65_HS1-834228961_62-HQ-83894_Section_8
Agency: FBI
Page 54
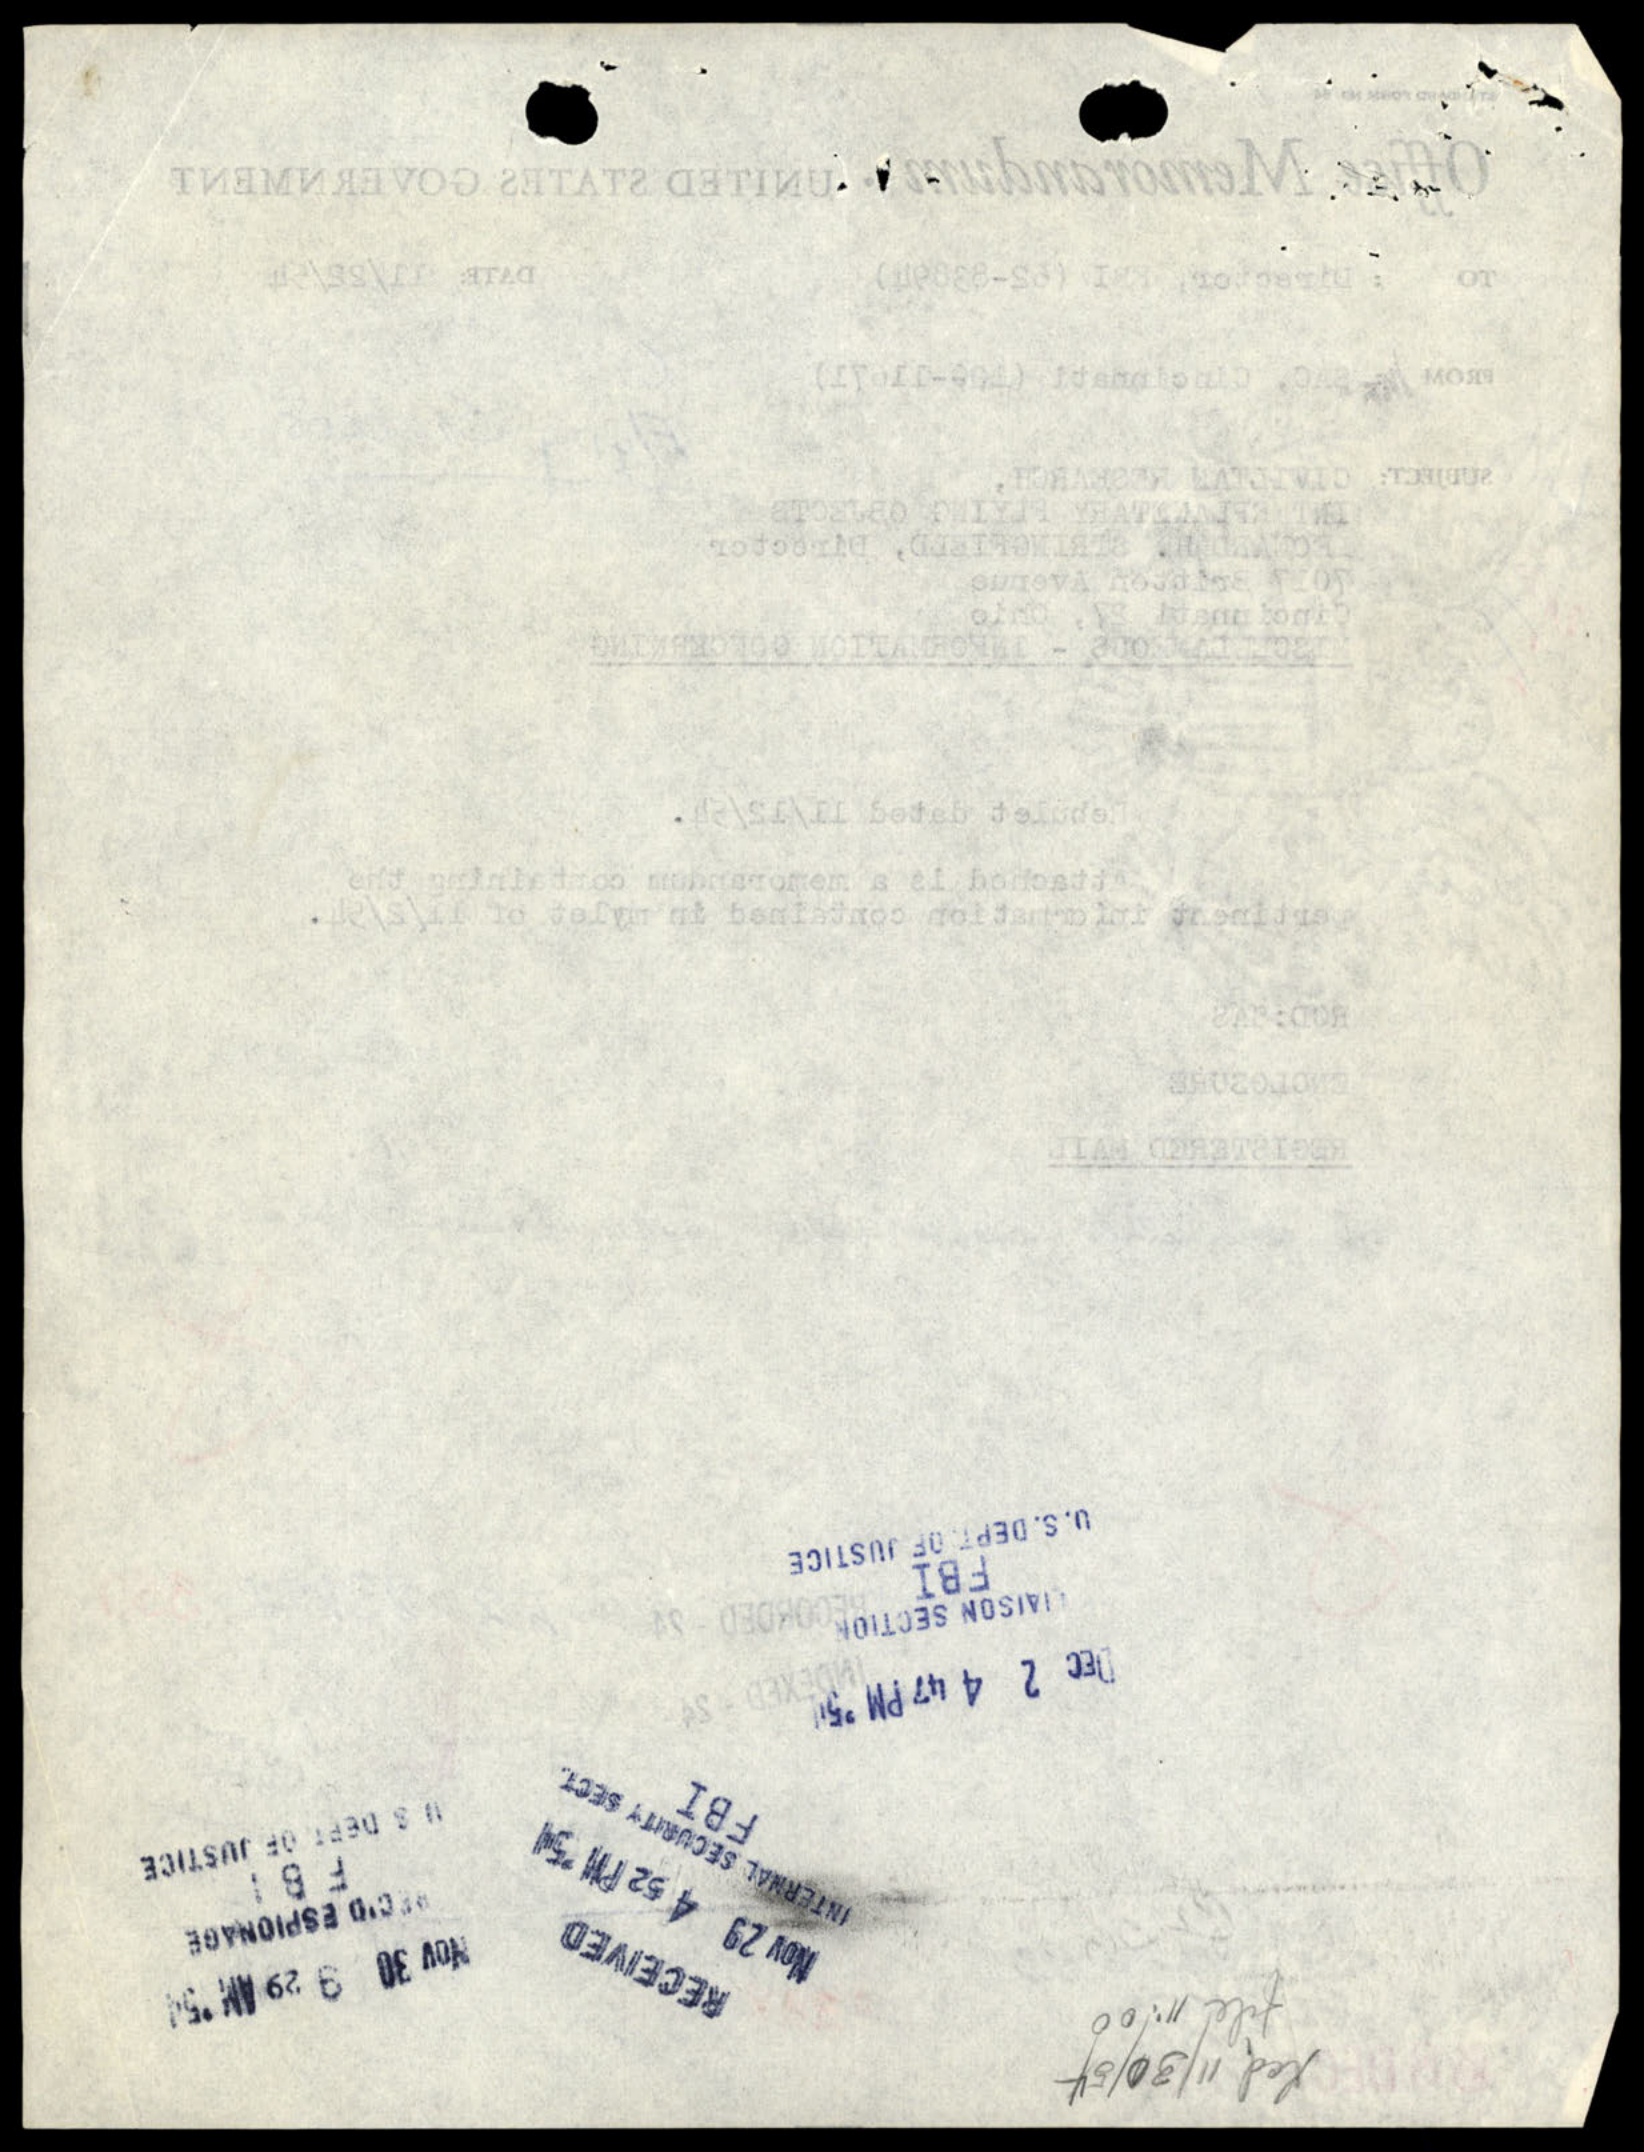